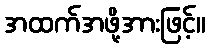
အထက်အဖို့အားဖြင့်။